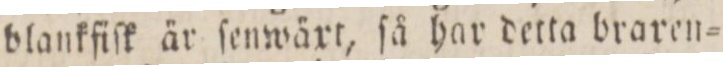
blankfiſk är ſenwäxt, ſå har detta braren=